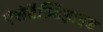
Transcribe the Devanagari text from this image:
ऐसेटैल्डिहाइड